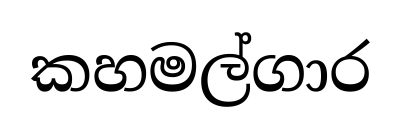
කහමල්ගාර